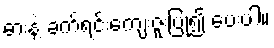
ဓားနဲ့ ခက်ရင်းကျေးဇူးပြု၍ ပေးပါ။